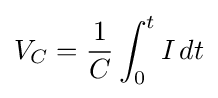
V_{C}={\frac {1}{C}}\int _{0}^{t}I\,dt